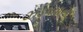
ઝડપવાના